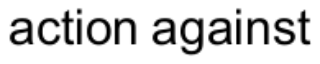
action against